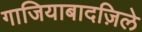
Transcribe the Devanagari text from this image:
गाजियाबादज़िले